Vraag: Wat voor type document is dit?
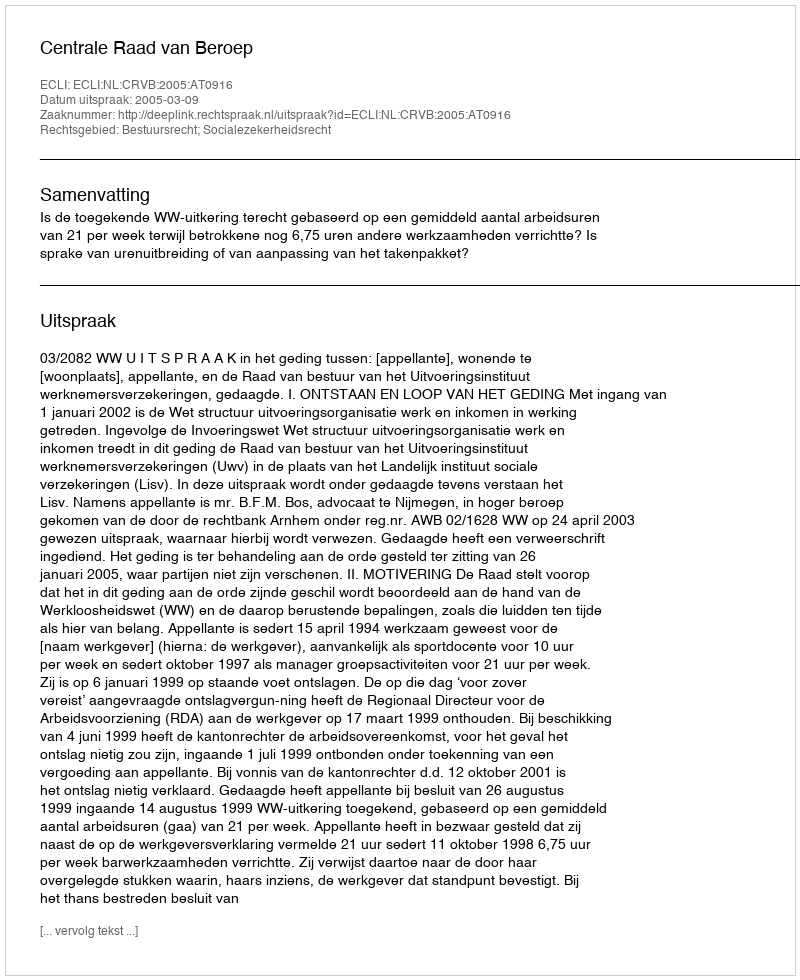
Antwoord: Uitspraak